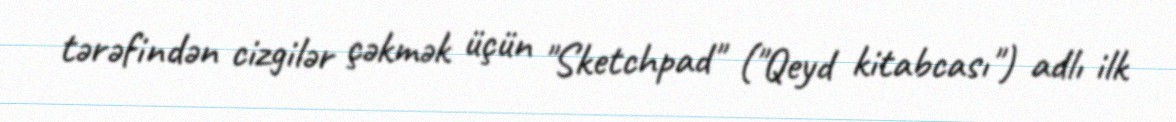
tərəfindən cizgilər çəkmək üçün "Sketchpad" ("Qeyd kitabcası") adlı ilk